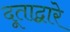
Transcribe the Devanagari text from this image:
दूताद्वारे